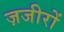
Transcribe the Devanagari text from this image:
ज़जीरों